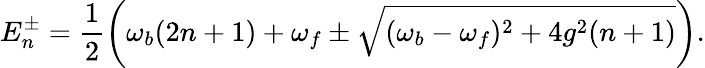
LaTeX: E_{n}^{\pm}=\frac{1}{2}\left(\omega_{b}(2n+1)+\omega_{f}\pm\sqrt{(\omega_{b}-\omega_{f})^{2}+4g^{2}(n+1)}\right).